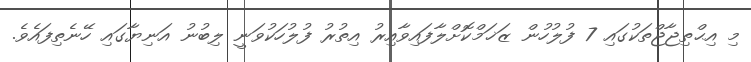
މި އިޙްތިޖާޖްތަކުގައި 7 ފުލުހުން ޒަޚަމްކޮށްލާފައިވާއިރު އިތުރު ފުލުހަކުވަނީ ލިބުނު އަނިޔާގައި ހޭނެތިފައެވެ.